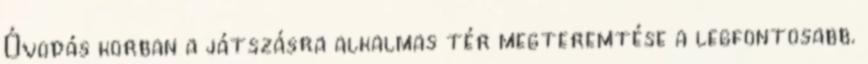
Óvodás korban a játszásra alkalmas tér megteremtése a legfontosabb.